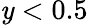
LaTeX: \mathit{y}<0.5